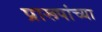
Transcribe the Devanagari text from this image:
प्रारूपांच्या